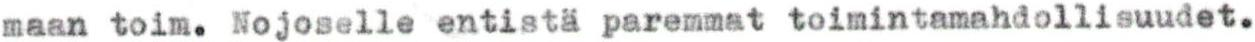
maan toim. Nojoselle entistä paremmat toimintamahdollisuudet.